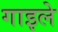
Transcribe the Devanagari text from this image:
गाइले